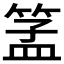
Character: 𱸋